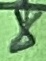
Text: 8